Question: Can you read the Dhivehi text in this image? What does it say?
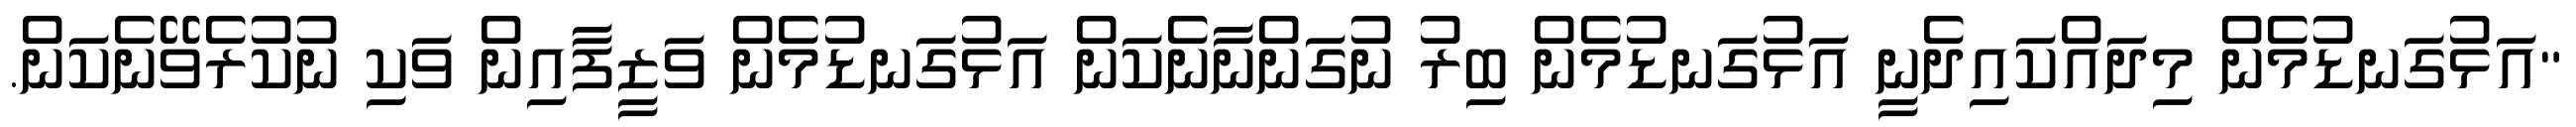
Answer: "އަޅުގަނޑުމެން މިދައްކައިދެނީ އަޅުގަނޑުމެން ބިރު ނުގަންނާނެކަން އަޅުގަނޑުމެން ވަޒީފާއިން ވަކި ނުކުރެވޭނެކަން.